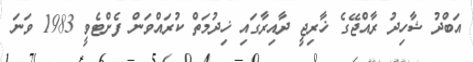
އަބްދު ޝާހިދު ރާއްޖޭގެ ޚާރިޖީ ދާއިރާގައި ޚިދުމަތް ކުރައްވަން ފެށްޓެވީ 1983 ވަނަ